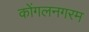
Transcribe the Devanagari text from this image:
कोंगलनगरम